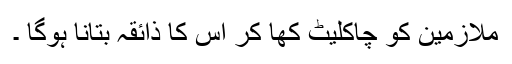
ملازمین کو چاکلیٹ کھا کر اس کا ذائقہ بتانا ہوگا ۔